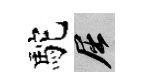
駝屈